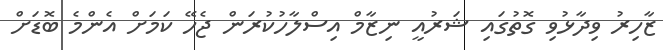
ޒާހިރު ވިދާޅުވި ގޮތުގައި ޝަރުއީ ނިޒާމް އިސްލާހުކުރަން ޖެހޭ ކަމަށް އެންމެ ބޮޑަށް